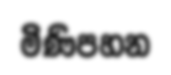
මිණිපහන